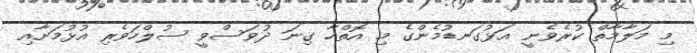
މި މަލާމާތް ކުރެވެނީ އަޅުގަނޑުމެންގެ މި އޮތްހާ ގިނަ ދުވަސްވީ ސުލްހަވެރި އުޅުމަށާއި